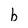
Character: b